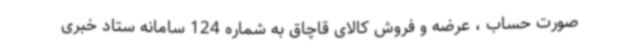
صورت حساب ، عرضه و فروش کالای قاچاق به شماره 124 سامانه ستاد خبری